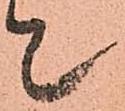
て